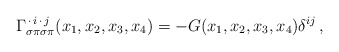
\begin{align*}\Gamma^{\,\cdot\,i\,\cdot\,j}_{\sigma\pi\sigma\pi}(x_1,x_2,x_3,x_4) = - G(x_1,x_2,x_3,x_4)\delta^{ij}\,,\end{align*}